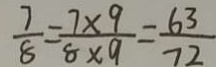
\frac { 7 } { 8 } = \frac { 7 \times 9 } { 8 \times 9 } = \frac { 6 3 } { 7 2 }